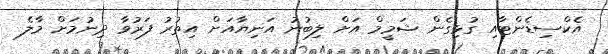
އެކްސިޑެންޓާއި ގުޅިގެން ޝަމީމް އަށް ލިބުނު އަނިޔާއަށް އިތުރު ފަރުވާ ދިނުމަށް މާލެ